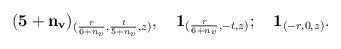
LaTeX: \begin{align*}(\mathbf{5+n_v})_{(\frac{r} {6+n_v},\frac{t} {5+n_v}, z)}, \quad\mathbf{1}_{(\frac{r} {6+n_v},-t, z)}; \quad\mathbf{1}_{(-r,0,z)}.\end{align*}